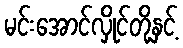
မင်းအောင်လှိုင်တို့နှင့်